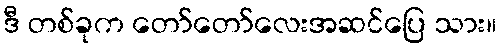
ဒီ တစ်ခုက တော်တော်လေးအဆင်ပြေ သား။